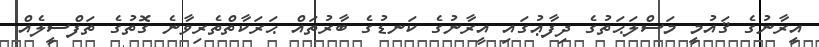
އީރާނުގެ ޤައުމީ މަސްލަޙަތުގެ ދިފާޢުގައި އީރާނުގެ ކަނޑުގެ ބާރުތައް ޙަރަކާތްތެރިވާނެ ގޮތުގެ ތަފްސީލެއް